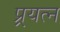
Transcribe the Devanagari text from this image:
प्र्रयत्न